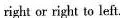
right or right to left.